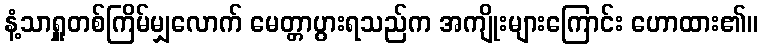
နံ့သာရှူတစ်ကြိမ်မျှလောက် မေတ္တာပွားရသည်က အကျိုးများကြောင်း ဟောထား၏။